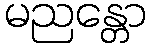
မညန္တော